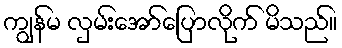
ကျွန်မ လှမ်းအော်ပြောလိုက် မိသည်။